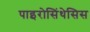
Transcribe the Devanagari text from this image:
पाइरोसिंथेसिस